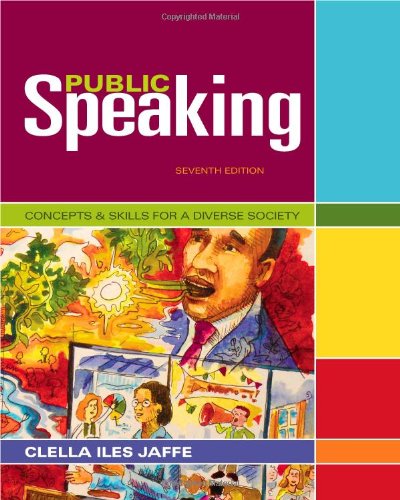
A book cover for Public Speaking: Concepts and Skills for a Diverse Society (Cengage Advantage Books); Clella Jaffe; Reference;